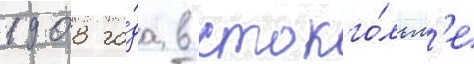
1908 го́да в стокго́льм'е